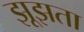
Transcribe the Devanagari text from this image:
झूझता